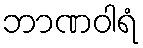
ဘာဏဝါရံ